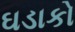
ઘડાકો